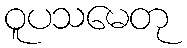
ဝူပသမေတု